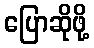
ပြောဆိုဖို့